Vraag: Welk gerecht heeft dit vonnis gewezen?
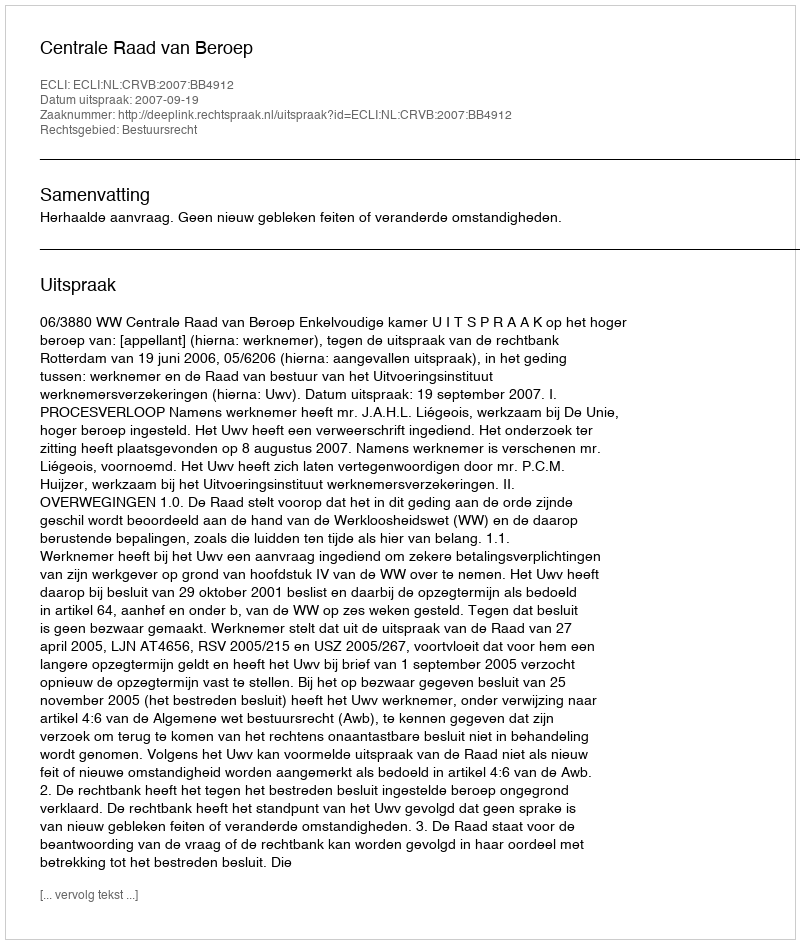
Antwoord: Centrale Raad van Beroep